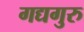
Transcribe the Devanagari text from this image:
गद्यगुरु